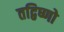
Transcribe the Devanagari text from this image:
तद्विष्णो